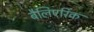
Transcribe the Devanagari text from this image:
बैलिएरिक